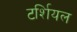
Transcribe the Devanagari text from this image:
टर्शियल